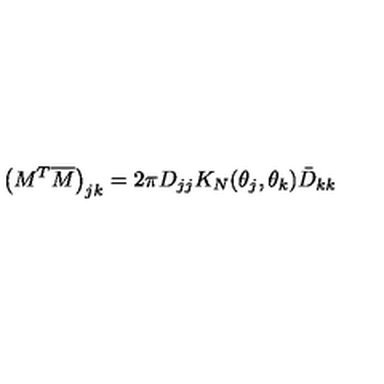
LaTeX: \left( M ^ { T } \overline { M } \right) _ { j k } = 2 \pi D _ { j j } K _ { N } ( \theta _ { j } , \theta _ { k } ) \bar { D } _ { k k }